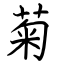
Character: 菊